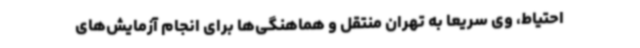
احتیاط، وی سریعا به تهران منتقل و هماهنگی‌ها برای انجام آزمایش‌های